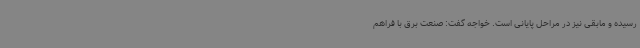
رسیده و مابقی نیز در مراحل پایانی است. خواجه گفت: صنعت برق با فراهم